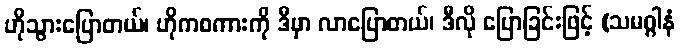
ဟိုသွားပြောတယ်၊ ဟိုကစကားကို ဒီမှာ လာပြောတယ်၊ ဒီလို ပြောခြင်းဖြင့် (သမဂ္ဂါနံ